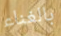
بالغناء